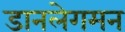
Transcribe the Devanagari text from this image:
डानलेगमन